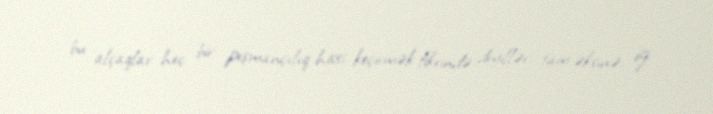
bu alçaqlar heç bir peşmançılıq hissi keçirmək fikrində deyillər, tam əksinə, öz